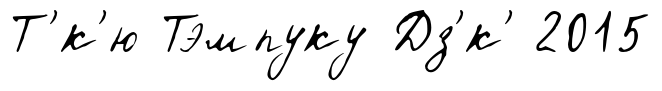
Т'́к'ю Тэмпуку Дз'́к' 2015